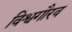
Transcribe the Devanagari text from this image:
विश्वगौरव